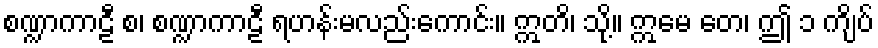
စဏ္ဍာကာဠီ စ၊ စဏ္ဍာကာဠီ ရဟန်းမလည်းကောင်း။ ဣတိ၊ သို့။ ဣမေ တေ၊ ဤ ၁ ကျိပ်